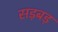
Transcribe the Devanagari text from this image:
सड़बड़